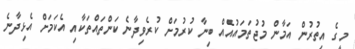
މީގެ އިތުރުން އަމާން މުޖުތަމައުއެއް ބިނާ ކުރުމަށް ކުރެވިދާނެ ކަންތައްތަކާއި އެކަމަށް އެޅިދާނެ